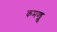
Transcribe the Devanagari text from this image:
कमण्ड्लु